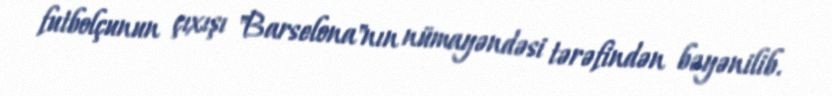
futbolçunun çıxışı "Barselona"nın nümayəndəsi tərəfindən bəyənilib.